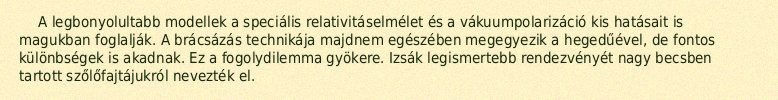
A legbonyolultabb modellek a speciális relativitáselmélet és a vákuumpolarizáció kis hatásait is magukban foglalják. A brácsázás technikája majdnem egészében megegyezik a hegedűével, de fontos különbségek is akadnak. Ez a fogolydilemma gyökere. Izsák legismertebb rendezvényét nagy becsben tartott szőlőfajtájukról nevezték el.